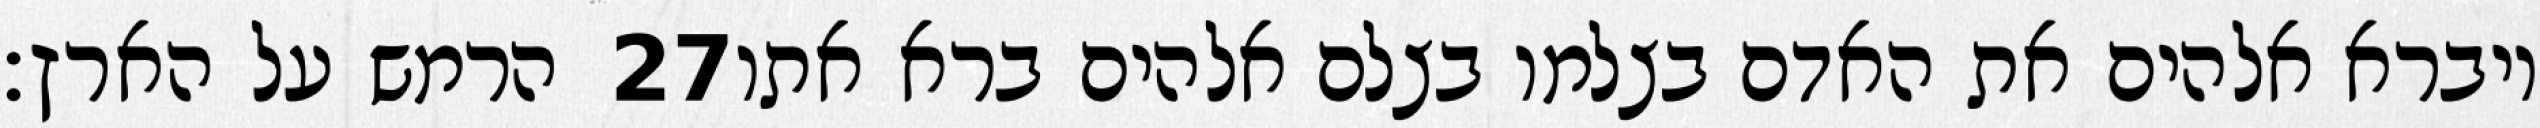
הרמש על הארץ׃ ‎27‏ ויברא אלהים את האדם בצלמו בצלם אלהים ברא אתו